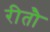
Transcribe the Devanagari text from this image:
रीतौ